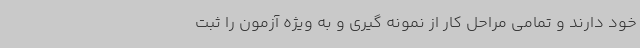
خود دارند و تمامی مراحل کار از نمونه گیری و به ویژه آزمون را ثبت